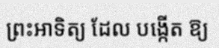
ព្រះអាទិត្យ ដែល បង្កើត ឱ្យ